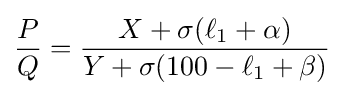
{P \over Q}={{X+\sigma (\ell _{1}+\alpha )} \over {Y+\sigma (100-\ell _{1}+\beta )}}